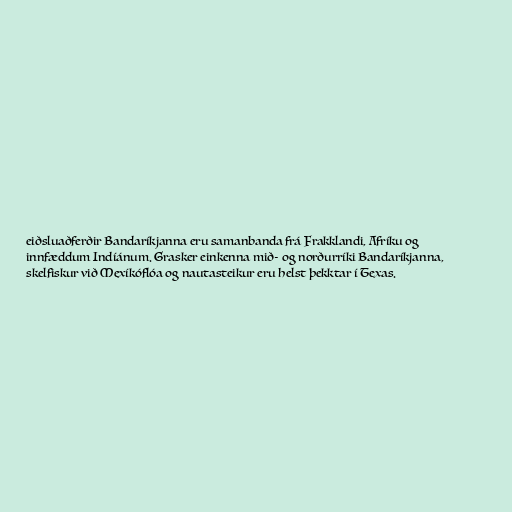
eiðsluaðferðir Bandaríkjanna eru samanbanda frá Frakklandi, Afríku og
innfæddum Indíánum. Grasker einkenna mið- og norðurríki Bandaríkjanna,
skelfiskur við Mexíkóflóa og nautasteikur eru helst þekktar í Texas.